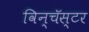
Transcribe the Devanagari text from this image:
विन्चॅस्टर